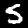
Digit: 5